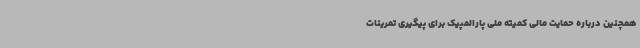
همچنین درباره حمایت مالی کمیته ملی پارالمپیک برای پیگیری تمرینات